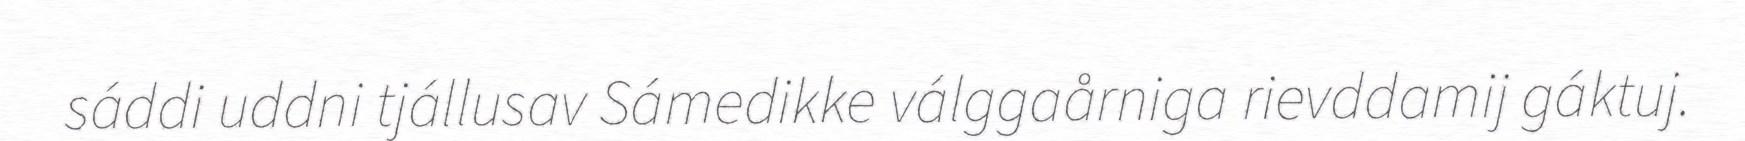
sáddi uddni tjállusav Sámedikke válggaårniga rievddamij gáktuj.